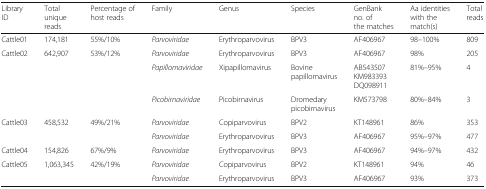
<table><thead><tr><td><b>Library ID</b></td><td><b>Total unique reads</b></td><td><b>Percentage of host reads</b></td><td><b>Family</b></td><td><b>Genus</b></td><td><b>Species</b></td><td><b>GenBank no. of the matches</b></td><td><b>Aa identities with the match(s)</b></td><td><b>Total reads</b></td></tr></thead><tbody><tr><td>Cattle01</td><td>174,181</td><td>55%/10%</td><td><i>Parvoviridae</i></td><td>Erythroparvovirus</td><td>BPV3</td><td>AF406967</td><td>98–100%</td><td>809</td></tr><tr><td rowspan="3">Cattle02</td><td rowspan="3">642,907</td><td rowspan="3">53%/12%</td><td><i>Parvoviridae</i></td><td>Erythroparvovirus</td><td>BPV3</td><td>AF406967</td><td>98%</td><td>205</td></tr><tr><td><i>Papillomaviridae</i></td><td>Xipapillomavirus</td><td>Bovine papillomavirus</td><td>AB543507 KM983393 DQ098911</td><td>81%–95%</td><td>4</td></tr><tr><td><i>Picobirnaviridae</i></td><td>Picobirnavirus</td><td>Dromedary picobirnavirus</td><td>KM573798</td><td>80%–84%</td><td>3</td></tr><tr><td rowspan="2">Cattle03</td><td rowspan="2">458,532</td><td rowspan="2">49%/21%</td><td><i>Parvoviridae</i></td><td>Copiparvovirus</td><td>BPV2</td><td>KT148961</td><td>86%</td><td>353</td></tr><tr><td><i>Parvoviridae</i></td><td>Erythroparvovirus</td><td>BPV3</td><td>AF406967</td><td>95%–97%</td><td>477</td></tr><tr><td>Cattle04</td><td>154,826</td><td>67%/9%</td><td><i>Parvoviridae</i></td><td>Erythroparvovirus</td><td>BPV3</td><td>AF406967</td><td>94%–97%</td><td>432</td></tr><tr><td rowspan="2">Cattle05</td><td rowspan="2">1,063,345</td><td rowspan="2">42%/19%</td><td><i>Parvoviridae</i></td><td>Copiparvovirus</td><td>BPV2</td><td>KT148961</td><td>94%</td><td>46</td></tr><tr><td><i>Parvoviridae</i></td><td>Erythroparvovirus</td><td>BPV3</td><td>AF406967</td><td>93%</td><td>373</td></tr></tbody></table>